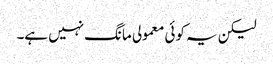
لیکن یہ کوئی معمولی مانگ نہیں ہے۔